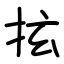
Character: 𢫔